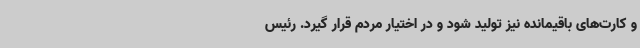
و کارت‌های باقیمانده نیز تولید شود و در اختیار مردم قرار گیرد. رئیس